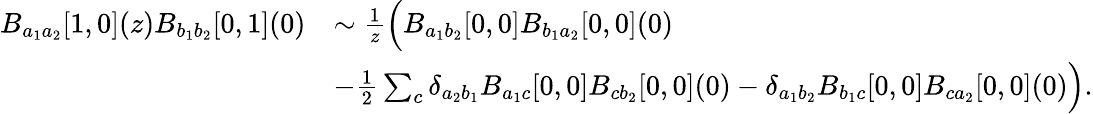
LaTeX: \begin{array}{rl}{B_{a_{1}a_{2}}[1,0](z)B_{b_{1}b_{2}}[0,1](0)}&{\sim\frac{1}{z}\Bigl(B_{a_{1}b_{2}}[0,0]B_{b_{1}a_{2}}[0,0](0)}\\ &{-\frac{1}{2}\sum_{c}\delta_{a_{2}b_{1}}B_{a_{1}c}[0,0]B_{cb_{2}}[0,0](0)-\delta_{a_{1}b_{2}}B_{b_{1}c}[0,0]B_{ca_{2}}[0,0](0)\Bigr).}\end{array}